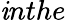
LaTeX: \mathit{i}nthe